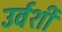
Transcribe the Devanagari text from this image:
उर्वर्शी